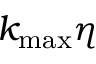
k _ { \mathrm { m a x } } \eta